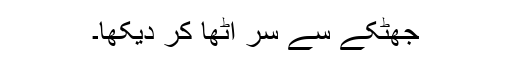
جھٹکے سے سر اٹھا کر دیکھا۔